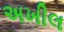
અખીલ